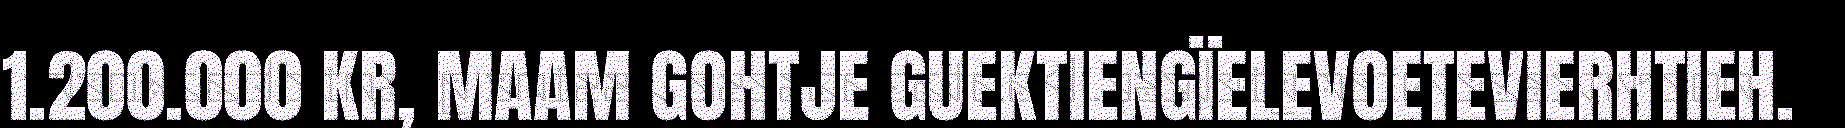
1.200.000 KR, MAAM GOHTJE GUEKTIENGÏELEVOETEVIERHTIEH.